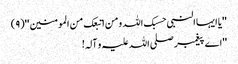
''یا ایہا النبی حسبک اللہ ومن اتبعک من المومنین ''(٩)
''اے پیغمبر صلی اللہ علیہ و آلہ!